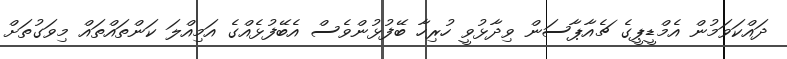
ދައްކަވަމުން އެމްޑީޕީގެ ޗެއާޕާސަން ވިދާޅުވީ ހުރިހާ ބޭފުޅުންވެސް އެބޭފުޅެއްގެ އަމިއްލަ ކަންތައްތައް މިވަގުތަށް